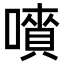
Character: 𡀅